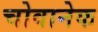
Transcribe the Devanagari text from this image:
चोवानेक